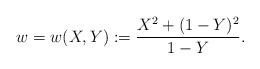
LaTeX: \begin{align*} w = w(X,Y) := \frac{X^2+(1-Y)^2}{1-Y}.\end{align*}